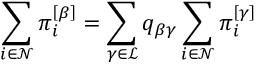
\sum _ { i \in \mathcal { N } } \pi _ { i } ^ { \left[ \beta \right] } = \sum _ { \gamma \in \mathcal { L } } q _ { \beta \gamma } \sum _ { i \in \mathcal { N } } \pi _ { i } ^ { \left[ \gamma \right] }